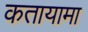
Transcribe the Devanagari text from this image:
कतायामा